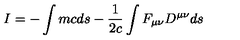
I = - \int { m c d s } - { \frac { 1 } { 2 c } } \int { F _ { \mu \nu } D ^ { \mu \nu } d s }